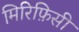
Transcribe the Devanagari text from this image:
मिरिफ़िसी